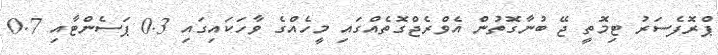
ޕްރޮފެސަރު ޓިމޮތީ ޖޭ ބުނާގޮތުން އެވްރެޖްގޮތެއްގައި މީހެއްގެ ވާހަކައިގައި 0.3 ޕަސެންޓާާއި 0.7